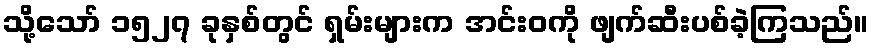
သို့သော် ၁၅၂၇ ခုနှစ်တွင် ရှမ်းများက အင်းဝကို ဖျက်ဆီးပစ်ခဲ့ကြသည်။